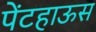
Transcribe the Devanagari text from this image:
पेंटहाऊस